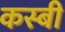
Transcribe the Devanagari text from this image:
कस्बी